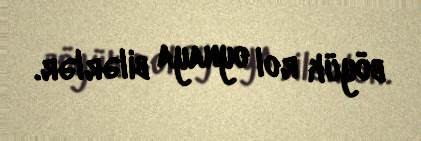
böyük rol oynaya bilərlər.